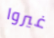
غيروا